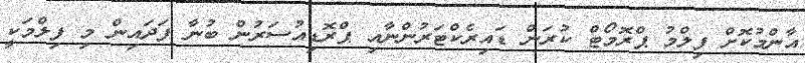
އާންމުކޮށް ފިލްމު ޕްރޮމޯޓް ކުރަން ޑައިރެކްޓަރުންނާއި ޕްރޮޑިއުސަރުން ބުނާ ފަދައިން މި ފިލްމަކީ